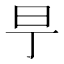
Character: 𣄿